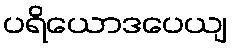
ပရိယောဒပေယျ